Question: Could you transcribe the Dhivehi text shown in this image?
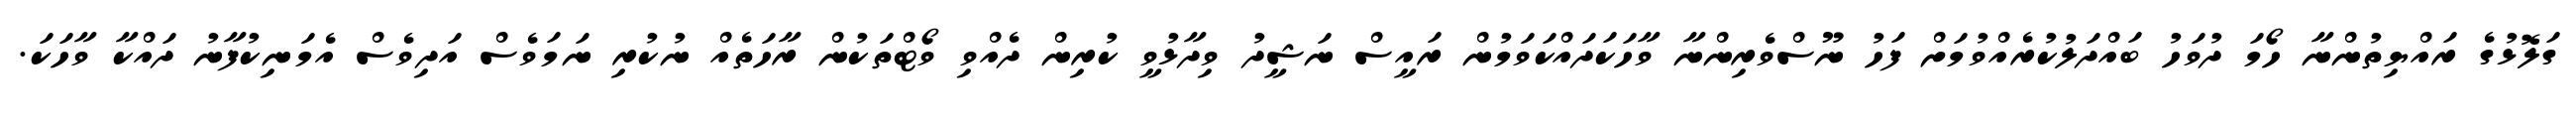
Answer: ގަލޮޅުގެ ރައްޔިތުންނާ ހޯމަ ދުވަހު ބައްދަލުކުރެއްވުމަށް ފަހު ނޫސްވެރިންނާ ވާހަކަދައްކަވަމުން ރައީސް ނަޝީދު ވިދާޅުވީ ކުރިން ދެއްވި ވޯޓްތަކުން ރާހަތެއް ނުކުރި ނަމަވެސް އަދިވެސް އެމަނިކުފާނު ދައްކާ ވާހަކަ.